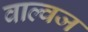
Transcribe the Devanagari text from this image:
वाल्वज